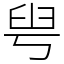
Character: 𦥚